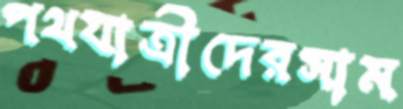
পথযাত্রীদেরসাম